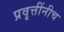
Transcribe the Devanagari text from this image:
प्रवृत्तींनीच